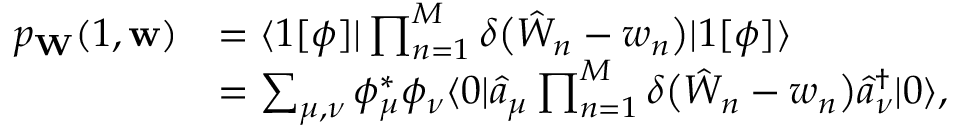
\begin{array} { r l } { p _ { \mathbf { W } } ( 1 , \mathbf { w } ) } & { = \langle 1 [ \phi ] | \prod _ { n = 1 } ^ { M } \delta \bigl ( \hat { W } _ { n } - w _ { n } \bigr ) | 1 [ \phi ] \rangle } \\ & { = \sum _ { \mu , \nu } \phi _ { \mu } ^ { * } \phi _ { \nu } \langle 0 | \hat { a } _ { \mu } \prod _ { n = 1 } ^ { M } \delta \bigl ( \hat { W } _ { n } - w _ { n } \bigr ) \hat { a } _ { \nu } ^ { \dagger } | 0 \rangle , } \end{array}